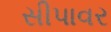
સીપાવર